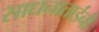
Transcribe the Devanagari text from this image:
साधनाताईंनी